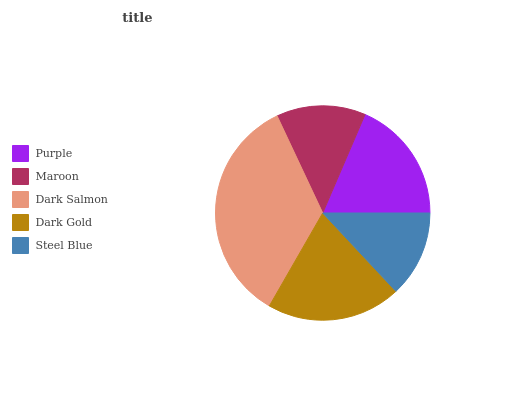
| Purple | Maroon | Dark Salmon | Dark Gold | Steel Blue |
 | --- | --- | --- | --- | --- |
 | 18.6% | 13.4% | 34.7% | 20.2% | 13% |